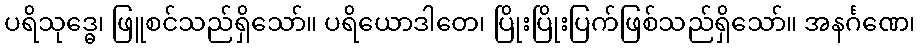
ပရိသုဒ္ဓေ၊ ဖြူစင်သည်ရှိသော်။ ပရိယောဒါတေ၊ ပြိုးပြိုးပြက်ဖြစ်သည်ရှိသော်။ အနင်္ဂဏေ၊